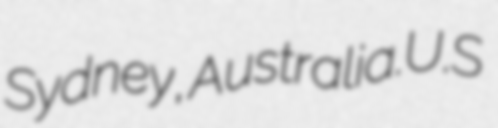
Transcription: Sydney, Australia.U.S